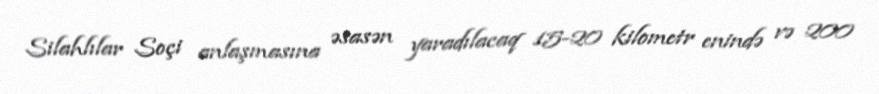
Silahlılar Soçi anlaşmasına əsasən yaradılacaq 15-20 kilometr enində və 200